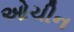
ઓચીન